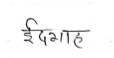
मजकूर: ईदगाह